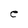
Character: e